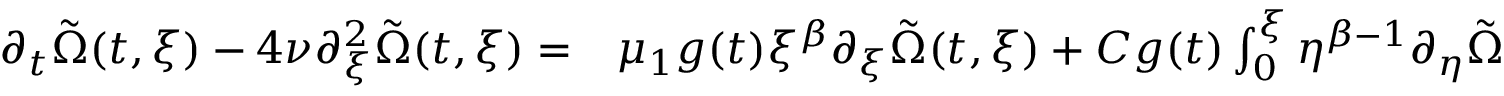
\begin{array} { r l } { \partial _ { t } \tilde { \Omega } ( t , \xi ) - 4 \nu \partial _ { \xi } ^ { 2 } \tilde { \Omega } ( t , \xi ) = } & { { } \mu _ { 1 } g ( t ) \xi ^ { \beta } \partial _ { \xi } \tilde { \Omega } ( t , \xi ) + C g ( t ) \int _ { 0 } ^ { \xi } \eta ^ { \beta - 1 } \partial _ { \eta } \tilde { \Omega } ( t , \eta ) d \eta + f ( t ) \chi ( \xi ) + \delta \left( \beta + C \right) \varphi ( \xi ) g ( t ) } \end{array}